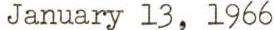
January 13, 1966